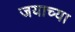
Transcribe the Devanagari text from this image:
जयाच्या